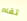
تقام